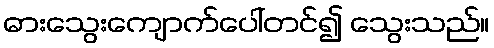
ဓားသွေးကျောက်ပေါ်တင်၍ သွေးသည်။